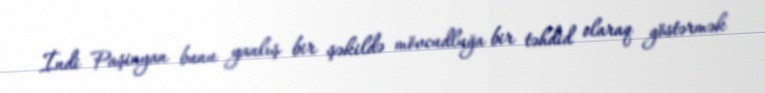
İndi Paşinyan bunu yanlış bir şəkildə mövcudluğa bir təhdid olaraq göstərmək